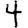
Digit: 4